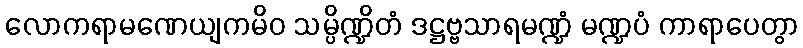
လောကရာမဏေယျကမိဝ သမ္ပိဏ္ဍိတံ ဒဋ္ဌဗ္ဗသာရမဏ္ဍံ မဏ္ဍပံ ကာရာပေတွာ